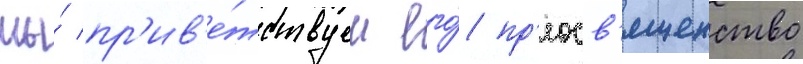
мы́ пр'ив'е́тствуем его́ пр'еосв'ященство